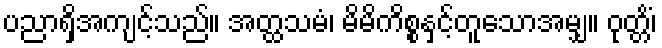
ပညာရှိအကျင့်သည်။ အတ္ထသမံ၊ မိမိကိစ္စနှင့်တူသောအမျှ။ ဝုတ္တိံ၊